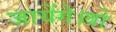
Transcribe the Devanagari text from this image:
जायेंगे।वो